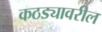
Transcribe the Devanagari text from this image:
कठड्यावरील